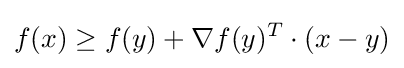
f(x)\geq f(y)+\nabla f(y)^{T}\cdot (x-y)